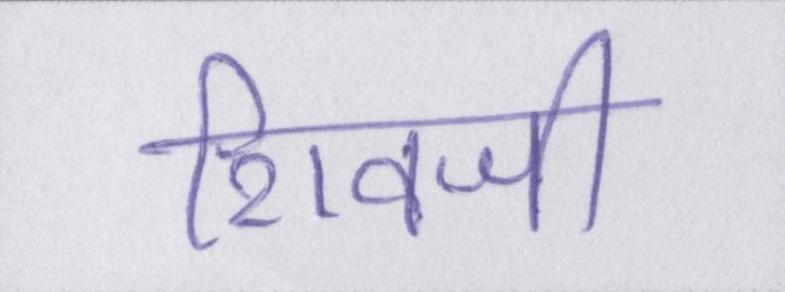
शिवजी